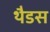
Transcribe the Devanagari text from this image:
थैडस